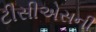
ટીસીએસની